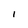
Character: l